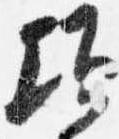
頃